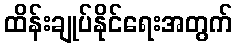
ထိန်းချုပ်နိုင်ရေးအတွက်